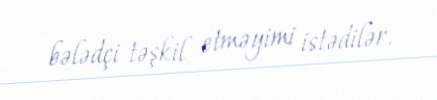
bələdçi təşkil etməyimi istədilər.